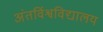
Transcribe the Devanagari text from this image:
अंतर्विश्वविद्यालय